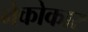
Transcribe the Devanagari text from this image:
नेकोकार